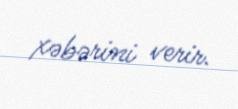
xəbərini verir.